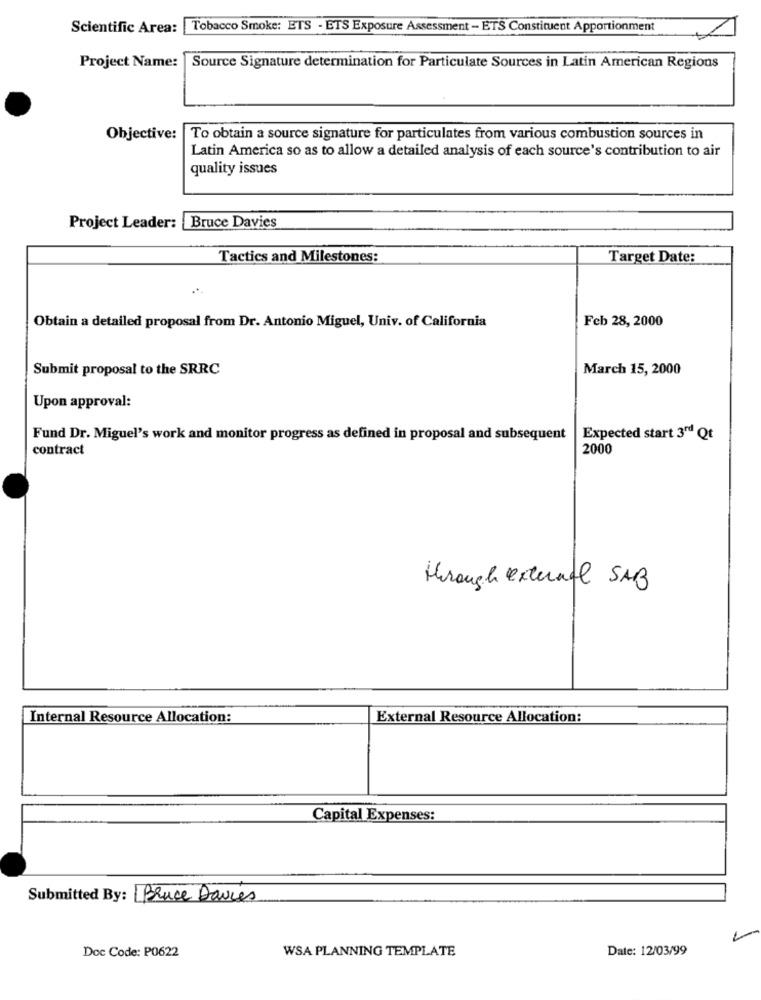
Scientific Area:
Tobacco Smoke: ETS - ETS Exposure Assessment - ETS Constituent Apportionment
Project Name:
Source Signature determination for Particulate Sources in Latin American Regions
Objective:
To obtain a source signature for particulates from various combustion sources in
Latin America so as to allow a detailed analysis of each source's contribution to air
quality issues
Project Leader: Bruce Davies
Tactics and Milestones:
Target Date:
Feb 28, 2000
Obtain a detailed proposal from Dr. Antonio Miguel, Univ. of California
Submit proposal to the SRRC
March 15, 2000
Upon approval:
Fund Dr. Miguel's work and monitor progress as defined in proposal and subsequent
Expected start 3rd Qt
contract
2000
Hrough external SAB
Internal Resource Allocation:
External Resource Allocation:
Capital Expenses:
Submitted By: Bruce Davies
Doc Code: P0622
WSA PLANNING TEMPLATE
Date: 12/03/99